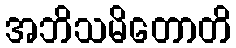
အဘိသမိတောတိ